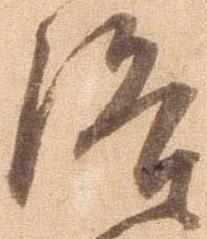
洛